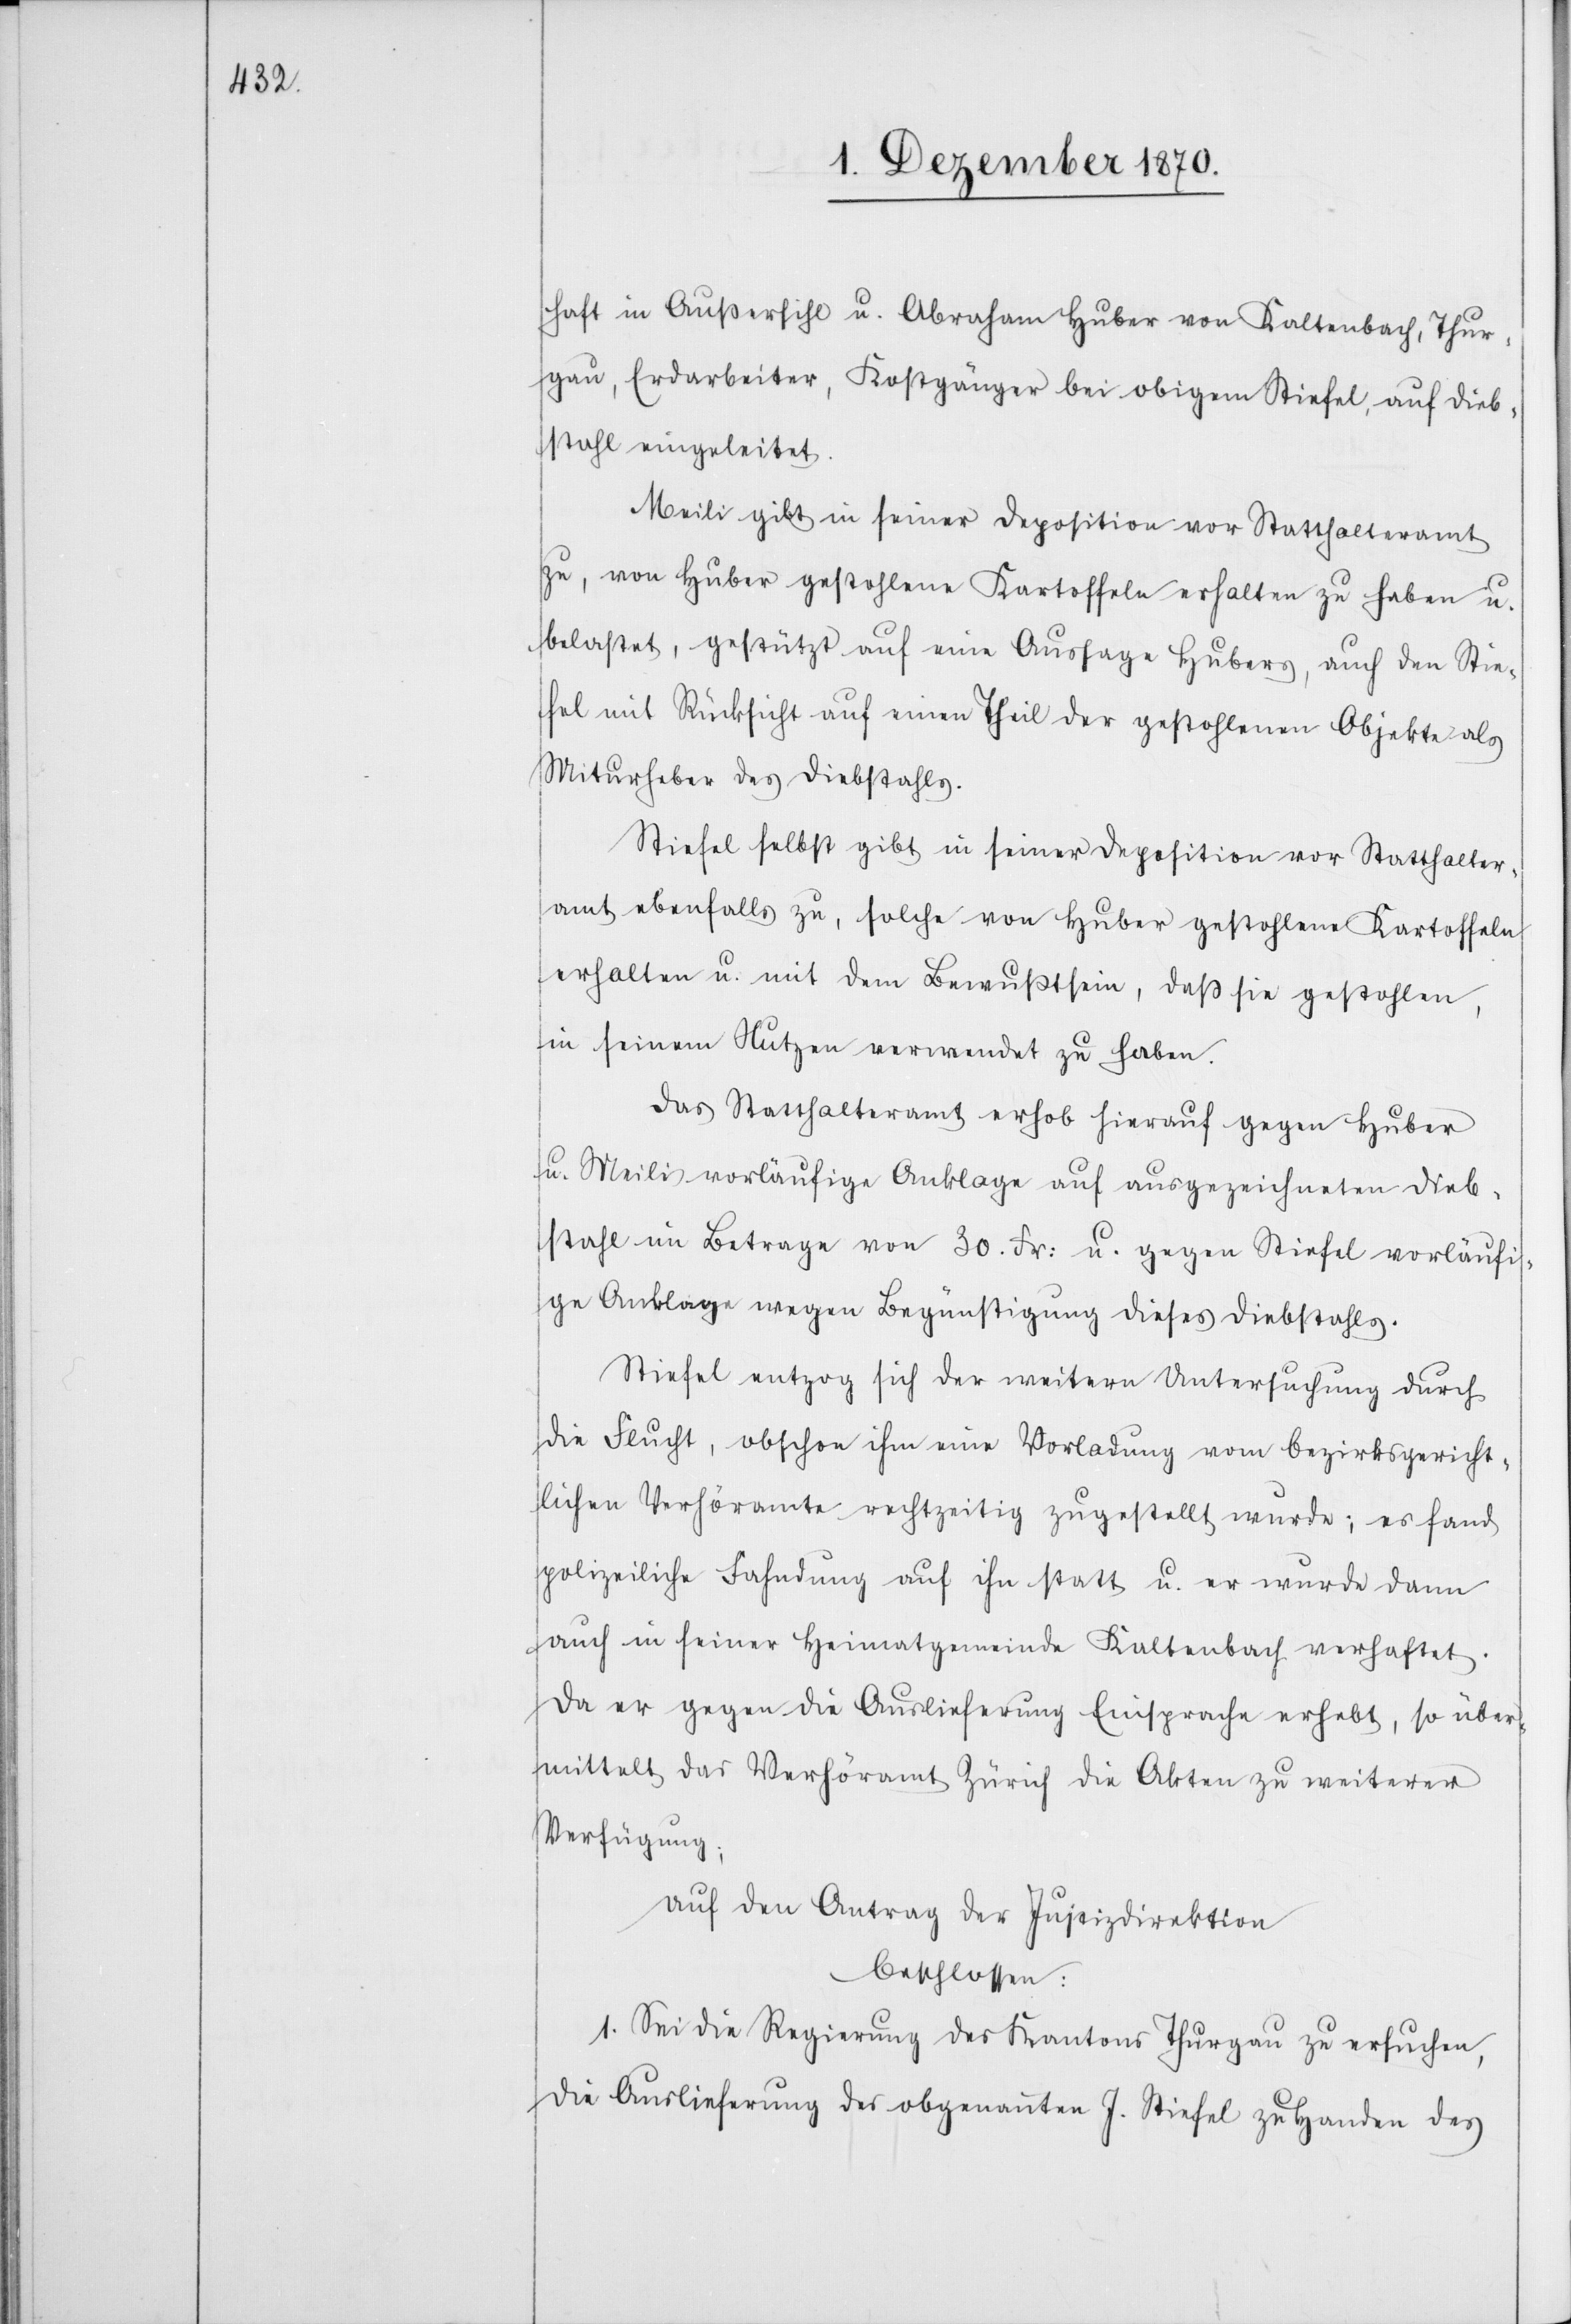
haft in Außersihl u. Abraham Huber von Kaltenbach, Thur¬
gau, Erdarbeiter, Kostgänger bei obigem Stiefel, auf Dieb¬
stahl eingeleitet.
Meili gibt in seiner Deposition vor Statthalteramt
zu, von Huber gestohlene Kartoffeln erhalten zu haben u.
belastet, gestützt auf eine Aussage Hubers, auf den Stie¬
fel mit Rücksicht auf einen Theil der gestohlenen Objekte als
Miturheber des Diebstahls.
Stiefel selbst gibt in seiner Deposition vor Statthalter¬
amt ebenfalls zu, solche von Huber gestohlene Kartoffeln
erhalten u. mit dem Bewusstsein, daß sie gestohlen,
in seinem Nutzen verwendet zu haben.
Das Statthalteramt erhob hierauf gegen Huber
u. Meili vorläufige Anklage auf ausgezeichneten Dieb¬
stahl im Betrage von 30. Fr: u. gegen Stiefel vorläufi¬
ge Anklage wegen Begünstigung dieses Diebstahls.
Stiefel entzog sich der weitern Untersuchung durch
die Flucht, obschon ihm eine Vorladung vom bezirksgericht¬
lichen Verhöramte rechtzeitig zugestellt wurde; es fand
polizeiliche Fahndung auf ihn statt u. er wurde dann
auch in seiner Heimatgemeinde Kaltenbach verhaftet.
Da er gegen die Auslieferung Einsprache erhebt, so über¬
mittelt das Verhöramt Zürich die Akten zu weiterer
Verfügung;
auf den Antrag der Justizdirektion
beschlossen:
1. Sei die Regierung des Kantons Thurgau zu ersuchen,
die Auslieferung des obgenannten J. Stiefel zu Handen des